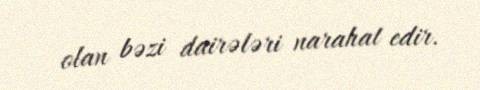
olan bəzi dairələri narahat edir.